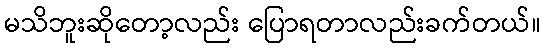
မသိဘူးဆိုတော့လည်း ပြောရတာလည်းခက်တယ်။